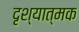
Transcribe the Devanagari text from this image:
दृश्‍यात्मक